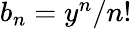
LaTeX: \textstyle b_{n}=y^{n}/n!